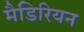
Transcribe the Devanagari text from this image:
मैडिरियन